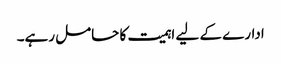
ادارے کے لیے اہمیت کا حامل رہے۔